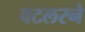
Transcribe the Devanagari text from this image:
बटलरने